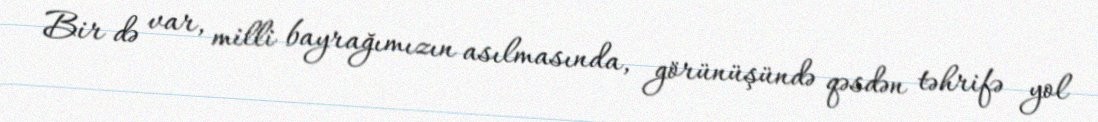
Bir də var, milli bayrağımızın asılmasında, görünüşündə qəsdən təhrifə yol